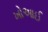
ખોઆઈ